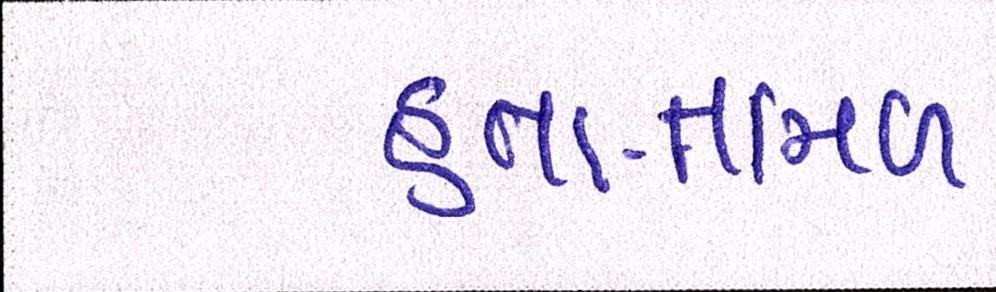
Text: હતા-તમિળ